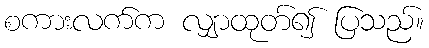
စကားလက်က လျှာထုတ်၍ ပြသည်။